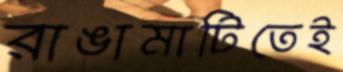
রাঙামাটিতেই